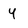
Character: Y